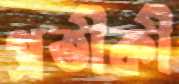
প্রতীকী